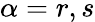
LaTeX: \alpha=r,s